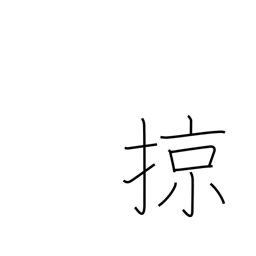
Meaning: sweep over